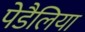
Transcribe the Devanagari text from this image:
पेडैलिया